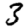
Digit: 3